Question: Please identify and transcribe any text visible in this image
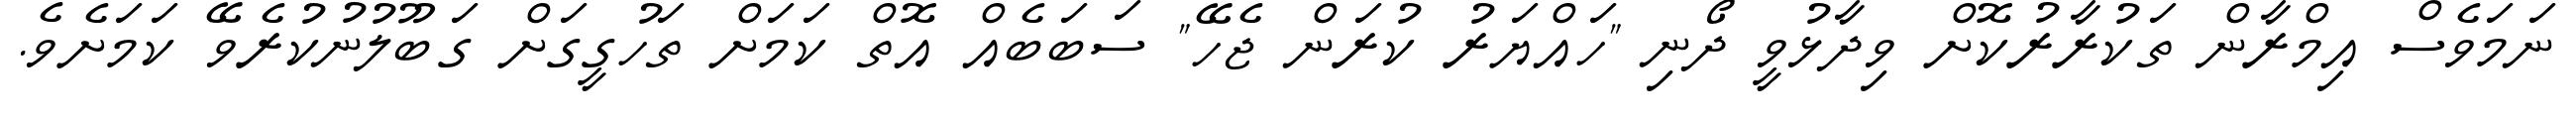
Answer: ނަމަވެސް އިމްރާން ތަކުރާރުކޮށް ވިދާޅުވީ ދޯނި "ހައްޔަރު ކުރަން ޖެހޭ" ސަބަބެއް އޮތް ކަމަށް ތަހުގީގަށް ގަބޫލުނުކުރެވޭ ކަމަށެވެ.